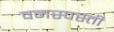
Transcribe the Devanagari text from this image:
वनस्पस्ती